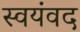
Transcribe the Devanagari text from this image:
स्वयंवद